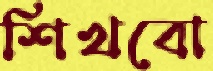
শিখবো